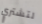
لتشتري